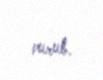
vurub.